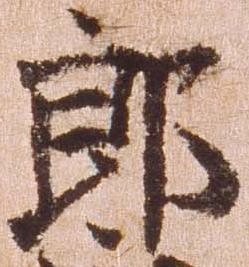
郎